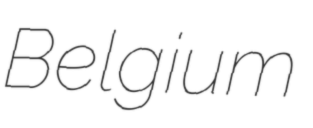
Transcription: Belgium